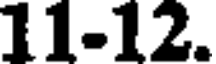
11-12.